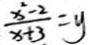
\frac { x ^ { 2 } - 2 } { x + 3 } = y